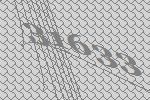
31633